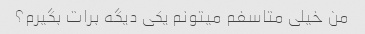
من خیلی متاسفم میتونم یکی دیگه برات بگیرم؟